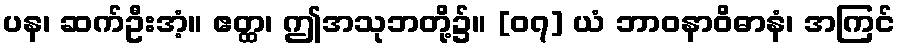
ပန၊ ဆက်ဦးအံ့။ ဧတ္ထ၊ ဤအသုဘတို့၌။ [၀၇] ယံ ဘာဝနာဝိဓာနံ၊ အကြင်